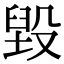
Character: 毀